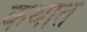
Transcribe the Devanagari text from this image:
कथात